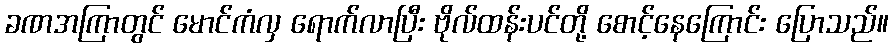
ခဏအကြာတွင် မောင်ကံလှ ရောက်လာပြီး ဗိုလ်ထန်းပင်တို့ စောင့်နေကြောင်း ပြောသည်။